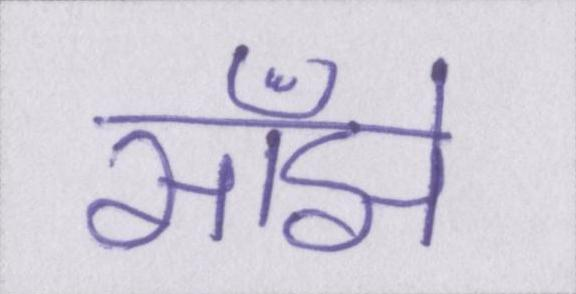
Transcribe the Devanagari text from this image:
साँझे